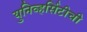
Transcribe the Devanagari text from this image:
युनिव्हर्सिटीची